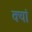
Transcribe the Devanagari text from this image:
क्यां